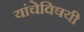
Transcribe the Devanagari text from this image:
यांचेविषयी